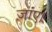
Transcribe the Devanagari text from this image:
जांए।